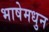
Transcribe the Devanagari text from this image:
भाषेमधुन